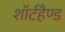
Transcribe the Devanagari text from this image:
शॉर्टहैण्ड